Report of veterinary surgeon J.H. Steel, A.V.D., on his investigation into an obscure and fatal disease among transport mules in British Burma
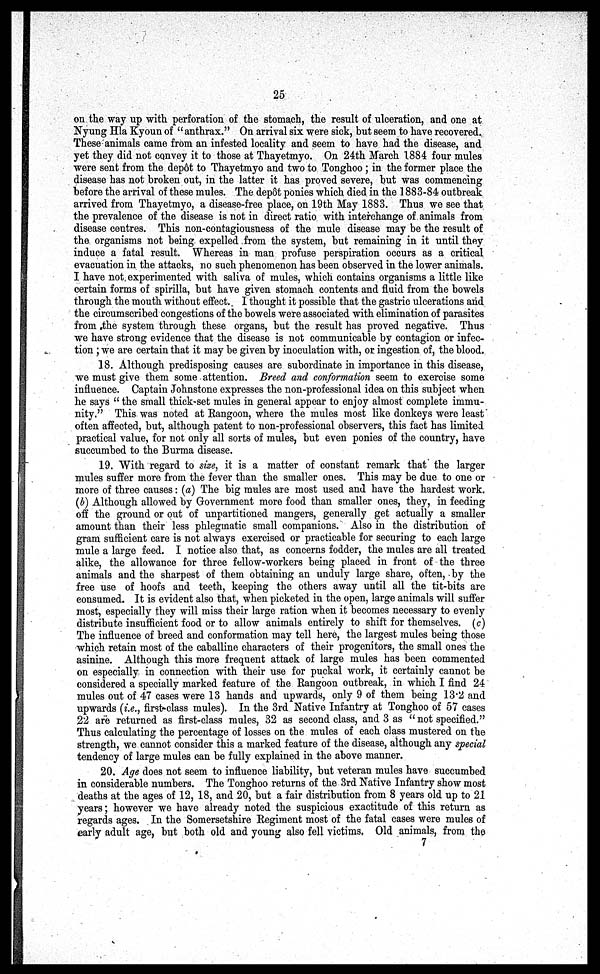
25
on the way up with perforation of the stomach, the result of ulceration, and one at
Nyung Hla Kyoun of " anthrax." On arrival six were sick, but seem to have recovered.
These animals came from an infested locality and seem to have had the disease, and
yet they did not convey it to those at Thayetmyo. On 24th March 1884 four mules
were sent from the depôt to Thayetmyo and two to Tonghoo; in the former place the
disease has not broken out, in the latter it has proved severe, but was commencing
before the arrival of these mules. The depôt ponies which died in the 1883-84 outbreak
arrived from Thayetmyo, a disease-free place, on 19th May 1883. Thus we see that
the prevalence of the disease is not in direct ratio with interchange of animals from
disease centres. This non-contagiousness of the mule disease may be the result of
the organisms not being expelled from the system, but remaining in it until they
induce a fatal result. Whereas in man profuse perspiration occurs as a critical
evacuation in the attacks, no such phenomenon has been observed in the lower animals.
I have not experimented with saliva of mules, which contains organisms a little like
certain forms of spirilla, but have given stomach contents and fluid from the bowels
through the mouth without effect. I thought it possible that the gastric ulcerations and
the circumscribed congestions of the bowels were associated with elimination of parasites
from the system through these organs, but the result has proved negative. Thus
we have strong evidence that the disease is not communicable by contagion or infec-
tion ; we are certain that it may be given by inoculation with, or ingestion of, the blood.
18. Although predisposing causes are subordinate in importance in this disease,
we must give them some attention. Breed and conformation seem to exercise some
influence. Captain Johnstone expresses the non-professional idea on this subject when
he says " the small thick-set mules in general appear to enjoy almost complete immu-
nity." This was noted at Rangoon, where the mules most like donkeys were least
often affected, but, although patent to non-professional observers, this fact has limited
practical value, for not only all sorts of mules, but even ponies of the country, have
succumbed to the Burma disease.
19. With regard to size, it is a matter of constant remark that the larger
mules suffer more from the fever than the smaller ones. This may be due to one or
more of three causes: (a) The big mules are most used and have the hardest work.
(b) Although allowed by Government more food than smaller ones, they, in feeding
off the ground or out of unpartitioned mangers, generally get actually a smaller
amount than their less phlegmatic small companions. Also in the distribution of
gram sufficient care is not always exercised or practicable for securing to each large
mule a large feed. I notice also that, as concerns fodder, the mules are all treated
alike, the allowance for three fellow-workers being placed in front of the three
animals and the sharpest of them obtaining an unduly large share, often, by the
free use of hoofs and teeth, keeping the others away until all the tit-bits are
consumed. It is evident also that, when picketed in the open, large animals will suffer
most, especially they will miss their large ration when it becomes necessary to evenly
distribute insufficient food or to allow animals entirely to shift for themselves. (c)
The influence of breed and conformation may tell here, the largest mules being those
which retain most of the caballine characters of their progenitors, the small ones the
asinine. Although this more frequent attack of large mules has been commented
on especially in connection with their use for puckal work, it certainly cannot be
considered a specially marked feature of the Rangoon outbreak, in which I find 24
mules out of 47 cases were 13 hands and upwards, only 9 of them being 13.2 and
upwards (i.e., first-class mules). In the 3rd Native Infantry at Tonghoo of 57 cases
22 are returned as first-class mules, 32 as second class, and 3 as "not specified."
Thus calculating the percentage of losses on the mules of each class mustered on the
strength, we cannot consider this a marked feature of the disease, although any special
tendency of large mules can be fully explained in the above manner.
20. Age does not seem to influence liability, but vereran mules have succumbed
in considerable numbers. The Tonghoo returns of the 3rd Native Infantry show most
deaths at the ages of 12, 18, and 20, but a fair distribution from 8 years old up to 21
years; however we have already noted the suspicious exactitude of this return as
regards ages. In the Somersetshire Regiment most of the fatal cases were mules of
early adult age, but both old and young also fell victims. Old animals, from the
7